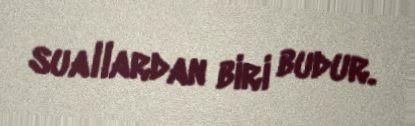
suallardan biri budur.